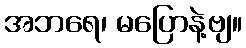
အဘရေ၊ မပြောနဲ့ဗျ။